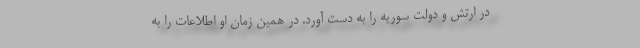
در ارتش و دولت سوریه را به دست آورد. در همین زمان او اطلاعات را به